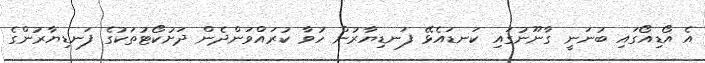
އެ އޯޑިއޯގައި ބުނަނީ ގާނޫނުގައި ކަނޑައެޅޭ ފަނޑިޔާރުން ހުވާ ކުރައްވަންދެން ދަށުކޯޓުތަކުގެ ފަނޑިޔާރުންގެ